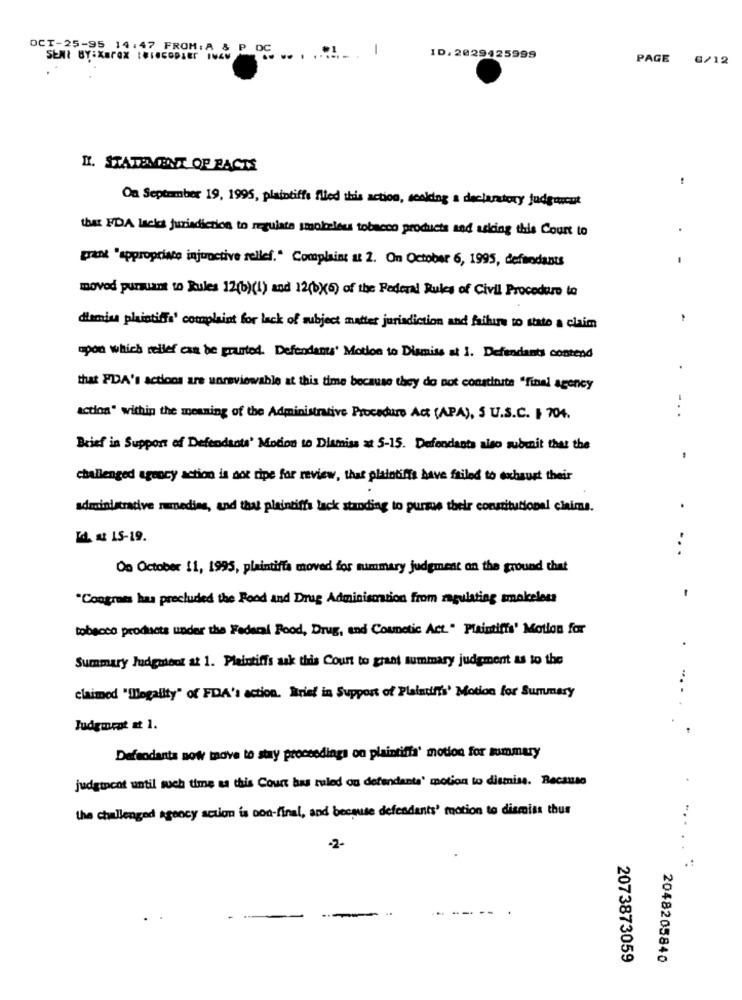
1
OCT-25-95 14:47 FROM: A & P DE ... ......
SENT BY:XBOX IBINCOPIE IN46
ID. 2029425999
PAGE 6/12
N. STATEMENT OP FACTS
On September 19, 1995, plaintiffs filed this action, soaking a declaratory judgement
that FDA lacks jurisdiction to regulate smokeless tobacco products and asking this Court to
grant "appropriate injunctive relief." Complaint at 2. On October 6, 1995, defendants
moved pursuant to Rules 12(b)(1) and 12(bX6) of the Federal Rules of Civil Procedure to
.
d'amis plaintiffs' complaint for lack of subject matter jurisdiction and failure to stato a claim
upon which relief can be granted. Defendants' Motion to Dismiss at 1. Defendants contend
that PDA's actions are unreviewable at this time because they do not constitute "final agency
action" within the meaning of the Administrative Procedure Act (APA), 5 U.S.C. , 704.
Brief in Support of Defendants' Motion to Dlamiss at 5-15. Defendants also submit that the
challenged agency action is not tipe for review, that plaintiffs have failed to exhaust their
administrative namedins, and that plaintiffa lack standing to pursue their constitutional claims.
.
Id # 15-19.
...
On October 11, 1995, plaintiffa moved for summary judgment on the ground that
"Congress has precluded the Food and Drug Administration from regulating smokeless
tobacco products under the Federal Rood, Drug, and Counetic Act." Plaintiffs' Motion for
.
Summary Judgment at 1. Plaintiffs ask this Court to grant summary judgment as to the
claimed ""legality" of FDA's action. Brist in Support of Plaintiffs' Motion for Summary
Judgment at 1.
Defendants now move to stay proceedings on plaintiffa' motion for summary
judgement until such time as this Court has ruled ou defendants' motion to dismiss. Because
the challenged agency action is con-final, and because defendants' motion to dismiss thur
-2-
2073873059
2048205840